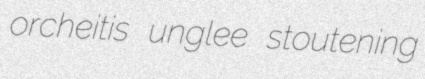
orcheitis unglee stoutening